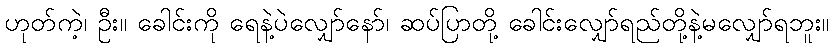
ဟုတ်ကဲ့၊ ဦး။ ခေါင်းကို ရေနဲ့ပဲလျှော်နော်၊ ဆပ်ပြာတို့ ခေါင်းလျှော်ရည်တို့နဲ့မလျှော်ရဘူး။